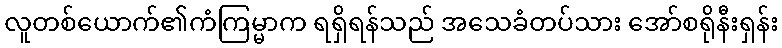
လူတစ်ယောက်၏ကံကြမ္မာက ရရှိရန်သည် အသေခံတပ်သား အော်စရိုနီးရှန်း